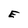
Character: E